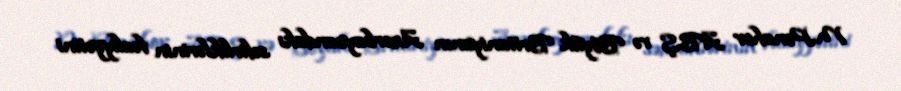
M.Pənahov ABŞ və Böyük Britaniyanın Azərbaycandakı səfirliklərinin fəaliyyətini